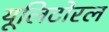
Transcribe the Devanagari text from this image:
यूलिटोरल